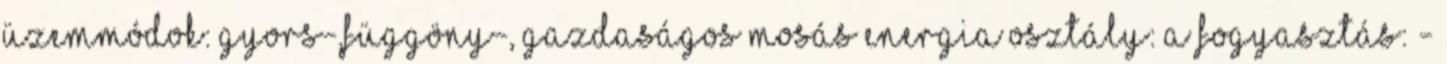
üzemmódok: gyors-,függöny-, gazdaságos mosás energia osztály: A fogyasztás: -